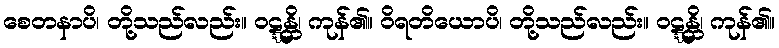
စေတနာပိ၊ တို့သည်လည်း။ ဝဋ္ဋန္တိ၊ ကုန်၏။ ဝိရတိယောပိ၊ တို့သည်လည်း။ ဝဋ္ဋန္တိ၊ ကုန်၏။